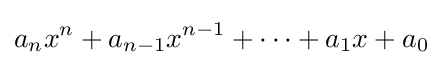
a_{n}x^{n}+a_{n-1}x^{n-1}+\cdots +a_{1}x+a_{0}\!